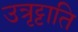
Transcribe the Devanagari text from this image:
उत्रृट्टाति